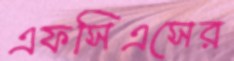
এফসিএসের